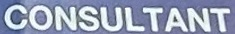
CONSULTANT